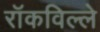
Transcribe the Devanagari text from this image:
रॉकविल्ले